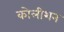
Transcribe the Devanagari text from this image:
कोलीशन